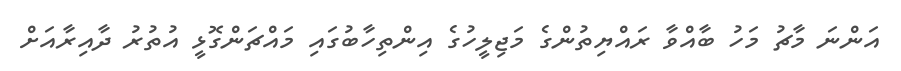
އަންނަ މާޗު މަހު ބާއްވާ ރައްޔިތުންގެ މަޖިލީހުގެ އިންތިހާބުގައި މައްޗަންގޮޅީ އުތުރު ދާއިރާއަށް